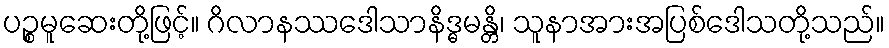
ပဉ္စမူဆေးတို့ဖြင့်။ ဂိလာနဿဒေါသာနိဒ္ဓမန္တိ၊ သူနာအားအပြစ်ဒေါသတို့သည်။